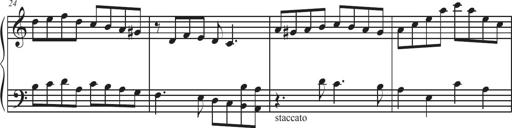
Title: Sonatina Espania
Composer: Jerald Franklin Archer
Key: Various